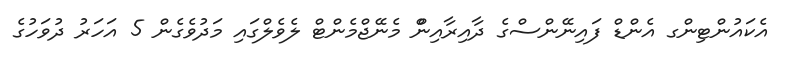
އެކައުންޓިންގ އެންޑް ފައިނޭންސްގެ ދާއިރާއިންް މެނޭޖްމެންޓް ލެވެލްގައި މަދުވެގެން 5 އަހަރު ދުވަހުގެ